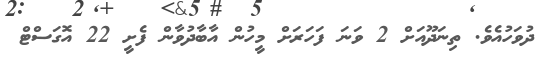
ދުވަހުއެވެ. ތިނަދޫއަށް 2 ވަނަ ފަހަރަށް މީހުން އާބާދުވާން ފެށީ 22 އޮގަސްޓް